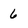
Character: 6